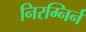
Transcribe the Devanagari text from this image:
निरग्निर्न